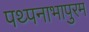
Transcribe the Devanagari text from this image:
पथ्पनाभापुरम